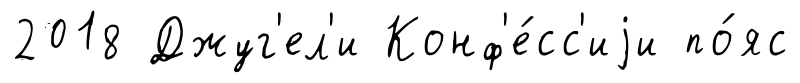
2018 Джуг'ел'и Конф'е́сс'иjи по́яс